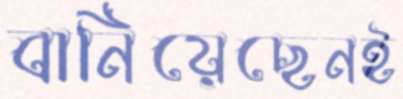
বানিয়েছেনই